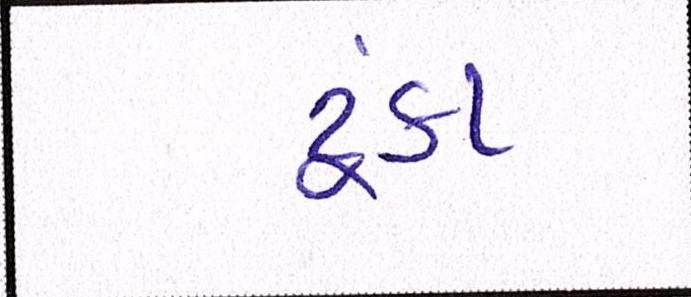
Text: ટૂંકા